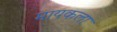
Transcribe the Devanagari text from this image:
मायकला